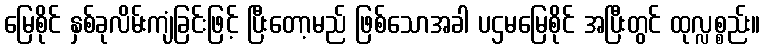
မြေစိုင် နှစ်ခုလိမ်းကျံခြင်းဖြင့် ပြီးတော့မည် ဖြစ်သောအခါ ပဌမမြေစိုင် အပြီးတွင် ထုလ္လစ္စည်း။